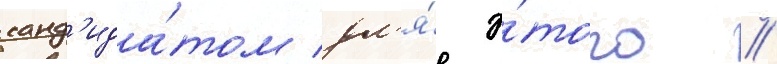
канд'ида́том дл'я́ э́того //